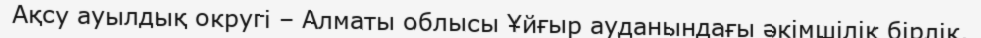
Ақсу ауылдық округі – Алматы облысы Ұйғыр ауданындағы әкімшілік бірлік.